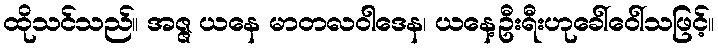
ထိုသင်သည်။ အဇ္ဇ ယနေ မာတလဝါဒေန၊ ယနေ့ဦးရီးဟုခေါ်ဝေါ်သဖြင့်။